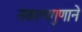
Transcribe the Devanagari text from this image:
संकल्पगुणाने